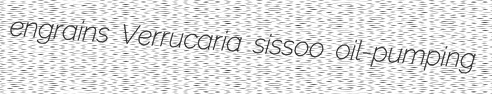
engrains Verrucaria sissoo oil-pumping